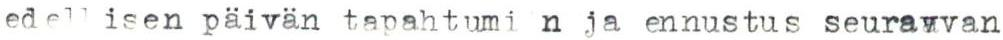
edellisen päivän tapahtumi n ja ennustus seuravvan